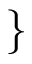
\}